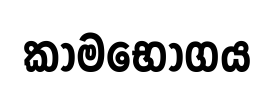
කාමභෝගය